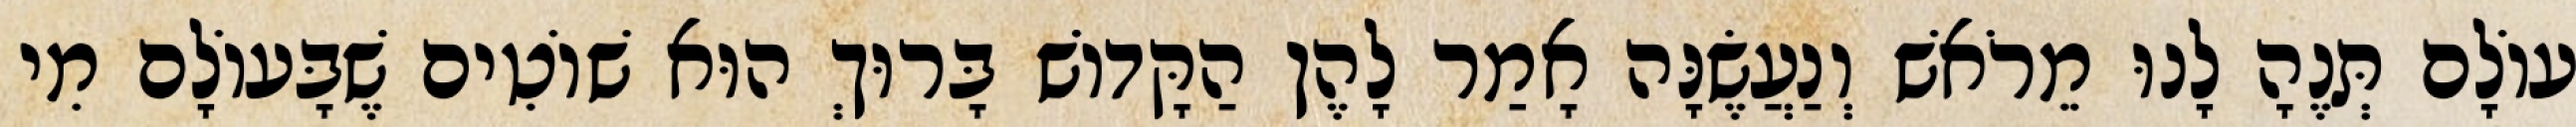
עוֹלָם תְּנֶהָ לָנוּ מֵרֹאשׁ וְנַעֲשֶׂנָּה אָמַר לָהֶן הַקָּדוֹשׁ בָּרוּךְ הוּא שׁוֹטִים שֶׁבָּעוֹלָם מִי